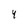
Character: 4